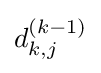
d_{k,j}^{(k-1)}